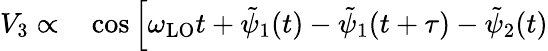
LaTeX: \begin{array}{rl}{V_{3}\propto}&{{}\cos\left[\omega_{\mathrm{LO}}t+\tilde{\psi}_{1}(t)-\tilde{\psi}_{1}(t+\tau)-\tilde{\psi}_{2}(t)\right.}\end{array}